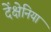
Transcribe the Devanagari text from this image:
देंक्षेनिया